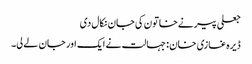
جعلی پیرنےخاتون کی جان نکال دی
ڈیرہ غازی خان : جہالت نے ایک اور جان لے لی۔